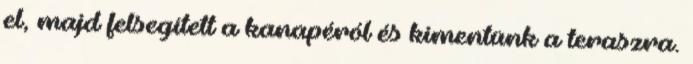
el, majd felsegített a kanapéról és kimentünk a teraszra.